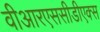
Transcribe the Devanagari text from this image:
वीआरएससीडीएक्स